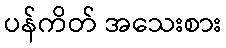
ပန်ကိတ် အသေးစား